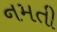
નમતી